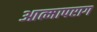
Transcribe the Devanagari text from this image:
आत्मापराग